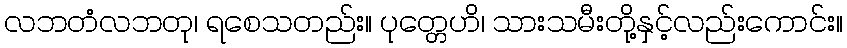
လဘတံလဘတု၊ ရစေသတည်း။ ပုတ္တေဟိ၊ သားသမီးတို့နှင့်လည်းကောင်း။